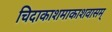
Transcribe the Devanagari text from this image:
चिदाकाशमाकाशवासम्